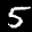
Label: 5